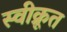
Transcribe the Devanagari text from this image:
स्वीक्रूत